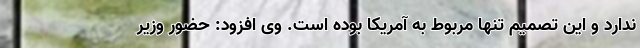
ندارد و این تصمیم تنها مربوط به آمریکا بوده است. وی افزود: حضور وزیر